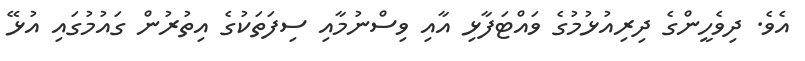
އެވެ. ދިވެހީންގެ ދިރިއުޅުމުގެ ވައްޓަފާޅި އާއި ވިސްނުމާއި ސިފަތަކުގެ އިތުރުން ގައުމުގައި އުޅޭ